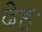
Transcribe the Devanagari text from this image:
देहः